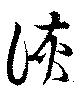
詼